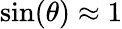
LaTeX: \sin(\theta)\approx 1